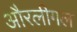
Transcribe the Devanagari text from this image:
औरलीगल